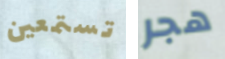
تستمعين هجر